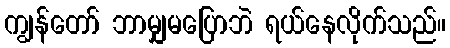
ကျွန်တော် ဘာမျှမပြောဘဲ ရယ်နေလိုက်သည်။